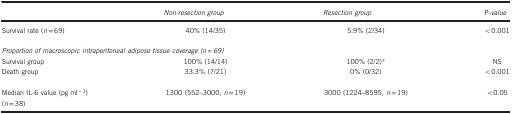
<table><thead><tr><td><b> </b></td><td><b><i>Non-resection group</i></b></td><td><b><i>Resection group</i></b></td><td><b>P<i>-value</i></b></td></tr></thead><tbody><tr><td>Survival rate (<i>n</i>=69)</td><td>40% (14/35)</td><td>5.9% (2/34)</td><td>&lt;0.001</td></tr><tr><td> </td><td> </td><td> </td><td> </td></tr><tr><td colspan="4"><i>Proportion of macroscopic intraperitoneal adipose tissue coverage (n=69)</i></td></tr><tr><td>Survival group</td><td>100% (14/14)</td><td>100% (2/2)*</td><td>NS</td></tr><tr><td>Death group</td><td>33.3% (7/21)</td><td>0% (0/32)</td><td>&lt;0.001</td></tr><tr><td> </td><td> </td><td> </td><td> </td></tr><tr><td>Median IL-6 value (pg ml<sup>−1</sup>)(<i>n</i>=38)</td><td>1300 (552–3000, <i>n</i>=19)</td><td>3000 (1224–8595, <i>n</i>=19)</td><td>&lt;0.05</td></tr></tbody></table>